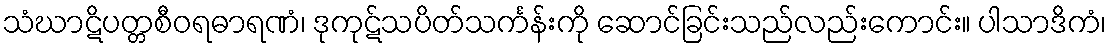
သံဃာဋိပတ္တစီဝရဓာရဏံ၊ ဒုကုဋ်သပိတ်သင်္ကန်းကို ဆောင်ခြင်းသည်လည်းကောင်း။ ပါသာဒိကံ၊